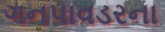
ગનપાવડરના